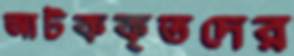
আটককৃতদের